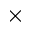
\times